Scottish Leaving Certificate Examination, 1955
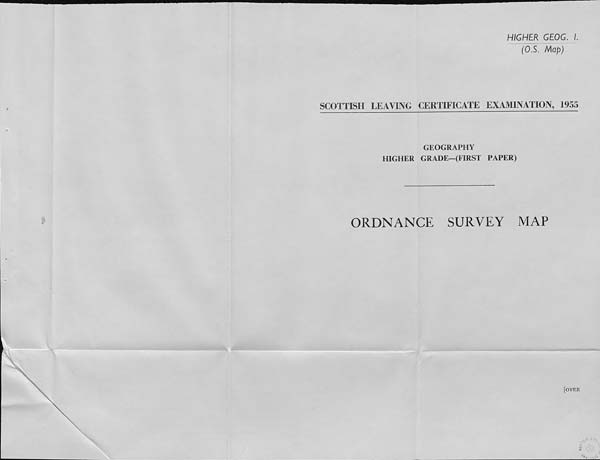
HIGHER GEOG. I.
(OS. Map)
SCOTTISH LEAVING CERTIFICATE EXAMINATION, 1955
GEOGRAPHY
HIGHER GRADE—(FIRST PAPER)
ORDNANCE
SURVEY
MAP
[over